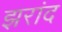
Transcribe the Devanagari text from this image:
झरांद